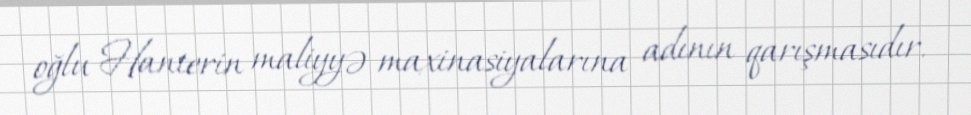
oğlu Hanterin maliyyə maxinasiyalarına adının qarışmasıdır.